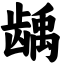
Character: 龋